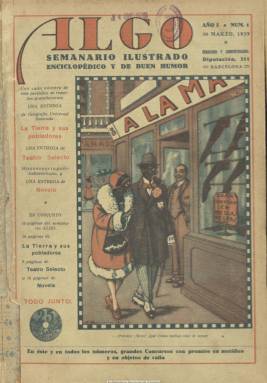
Título: Algo (Barcelona. 1929)
Colección: Revistas satíricas y humorísticas
Ámbito geográfico: Barcelona
Lugar de publicación: Barcelona
Fechas: 30/03/1929-31/12/1938

Considerado como un magazine “inclasificable” por López Ruiz (2006), su subtítulo es el de “semanario ilustrado enciclopédico y de buen humor”, en el que el espacio de sus páginas se lo reparte un abundante número de dibujos (caricaturas, chistes, tiras cómicas e historietas, que alcanzan algunas el formato del cómic o el tebeo) y de fotografías, además de los textos. Su pretensión es la de agradar y entretener de las “mil preocupaciones” del público, tanto español como hispanoamericano, con contenidos predominantemente humorísticos junto a noticias o textos de divulgación de conocimientos generales, inventos antiguos y modernos, o de novedades en ciencias, artes, industria, técnica o artículos de consumo; de viajes y exploraciones, vistas, usos y costumbres tanto de España como del resto del mundo; de vidas y hábitos de animales y plantas, y retratos y semblanzas de personajes célebres, y todo ello en un estilo ligero, no pedagógico ni “empalagoso”, como indicaba en su presentación. De ahí su carácter “enciclopédico” o de asuntos varios o generales y de puro entretenimiento y a la vez de actualidad redactados y presentados de forma amena.

Aparecerá cada sábado en entregas de dieciséis páginas (sin foliación), a partir del treinta de marzo de 1929, cuando la Dictadura primoriverista está a punto de desarbolarse, con cubierta y contracubierta y las páginas dedicadas al grafismo humorístico estampadas a varias tintas, mientras que las fotografías lo serán en blanco y negro. Su director será el periodista, crítico teatral y dramaturgo Manuel Jiménez Moya, nacido en Guipúzcoa en 1877, y que desde 1921 venía siendo también director del mensual Lecturas, asimismo propiedad de la Sociedad General de Publicaciones, después de haber sido redactor y director de varias publicaciones periódicas de Madrid y Barcelona, a donde había recalado en 1904.

Junto al semanario se repartían como folletines obras de carácter asimismo general. Es el caso del cuadernillo, de dieciséis páginas, de una geografía universal ilustrada titulada La tierra y sus pobladores; otro cuaderno, de ocho páginas, de una obra teatral, y un tercero, también de dieciséis páginas, de una novela. El magazín y las tres entregas de las respectivas obras tenían un precio de 25 céntimos, repartido entre los 10 céntimos del semanario y los cinco céntimos de cada uno de los otros tres cuadernillos. Al mismo tiempo la publicación organizará diversos concursos entre sus lectores con premios en metálico u objetos.

La cubierta de la revista la ocupa siempre un dibujo a color, y esta se estructura en varias secciones. La primera bajo el nombre de “Cribado y escogido”, con breves textos. Le siguen páginas de tiras e historietas cómicas y textos literarios de amena lectura. Sus páginas centrales las dedica a la sección “Del mundo y de la vida”, con fotografías acompañadas de textos cortos explicativos o descriptivos o de comentarios a modo de pies de foto largos. Titula la siguiente sección como “Humorismo en píldoras”, dedicando la siguiente a deportes, para por último insertar los textos e ilustraciones de divulgación. La contracubierta, también a color, la ocupa generalmente otra historieta cómica. Da cabida también a inserciones publicitarias.

Entre las firmas de sus colaboraciones se encontrarán las de Manuel Abril, Julio Camba, Álvaro Marimón, Gerardo Marqués, Ramón Caralt, Mariano Tomás, Vicente Veiga, J. Comas Salas, E. Freixas, Julián S. Valero, Enrique García Álvarez, Blas Bofill, Antoniorrobles, A. Jorjensen o la del caricaturista inglés Ridgewell.

Las primeras reformas de “mejoramiento” en la publicación se producen en febrero de 1930. Se cambian las portadas y la tipografía. Aumentan sus entregas a 24 páginas, y además de las que venía estampando en el moderno procedimiento Offset, introduce cuatro centrales de huecograbado, con una media de diez fotografías, aumentando en cinco céntimos el precio del ejemplar. Desde noviembre de ese año hasta enero de 1931 romperá por este tiempo su periodicidad, siendo entonces mensual. Incorporará nuevas secciones, como la de “Un lector y yo”, firmada por el director, o una dedicada a pequeñas biografías; su subtítulo cambiará a “ilustración popular”; irá reduciendo los contenidos gráficos de humor, hasta que llegan prácticamente a desaparecer, para recuperarlos posteriormente, pero en muy poca medida; irán desapareciendo también los textos literarios, para aumentar los reportajes sobre excursiones, viajes, fiestas, arte, monumentos, turismo, descripciones geográficas o de formas de vida y sociedad; dedicará más espacio a los deportes, desarrollará también los dedicados al cine e incluso incorporará lecciones de conversación inglesa; y aumentará su número de fotografías, que empezarán a ocupar el espacio de sus cubiertas, en lugar de los dibujos. Aumentan también sus folletines y repartirá asimismo láminas en color en estos, que suplirán a ocho páginas de texto. También irá perdiendo completamente el color para ser estampadas sus páginas en sepia o en azul, incluidas sus cubiertas a partir de julio de 1933.

Será una revista ajena completamente a la política o a los asuntos conflictivos, bélicos o sociales. Ni su grafismo humorístico, ni textos ni fotografías traspasarán en lo más mínimo la barrera de lo enciclopédico, divulgativo, curioso y ameno. Nunca se verá perturbado este carácter ni por la dictadura, ni la dictablanda ni la instauración republicana, ni la propia guerra civil consiguiente. Hasta que el 27 de febrero de 1937 cambie completamente su formato y edición. A partir de entonces será una “edición especial que se publicará en tanto no podamos resolver las dificultades que hoy nos resultan insolubles”, tal como se indica en la portada de sus entregas. Estas dificultades serán las referidas a la falta de papel de impresión y de material fotográfico que le era necesario; al cese absoluto de los envíos de material por las agencias y a la no recepción de las revistas extranjeras en su redacción. La paginación de sus entregas variará a partir de entonces, desde las ocho hasta las cuarenta, y sus contenidos serán textos por lo general procedentes de sus folletines literarios o de cultura general (letras españolas, ciencias físicas, artes y costumbres, o la vida misteriosa de las flores, entre otros temas), acompañados de algunas fotográficas de reproducciones artísticas.

El último número de esta publicación en la Biblioteca Nacional de España es el 428, edición especial de 1938, de su décimo año de edición por la Sociedad General de Publicaciones, empresa en ese momento “colectivizada”. Su director, Jiménez Moya, cuya fecha de nacimiento se desconoce, llegaría a colaborar, entre 1940 y 1942, en los diarios Madrid y El Alcázar.